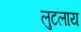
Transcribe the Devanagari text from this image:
लुटलाय